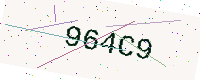
Text: 964C9